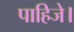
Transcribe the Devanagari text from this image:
पाहिजे।